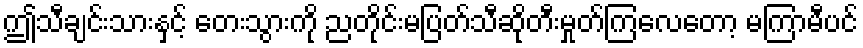
ဤသီချင်းသားနှင့် တေးသွားကို ညတိုင်းမပြတ်သီဆိုတီးမှုတ်ကြလေတော့ မကြာမီပင်